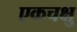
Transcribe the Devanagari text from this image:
एकचक्षु